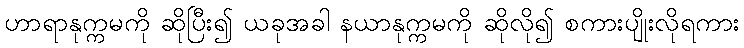
ဟာရာနုက္ကမကို ဆိုပြီး၍ ယခုအခါ နယာနုက္ကမကို ဆိုလို၍ စကားပျိုးလိုရကား